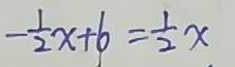
- \frac { 1 } { 2 } x + 6 = \frac { 1 } { 2 } x